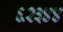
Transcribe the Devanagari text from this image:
६२३४४